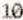
10